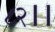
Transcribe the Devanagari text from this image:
८२।।